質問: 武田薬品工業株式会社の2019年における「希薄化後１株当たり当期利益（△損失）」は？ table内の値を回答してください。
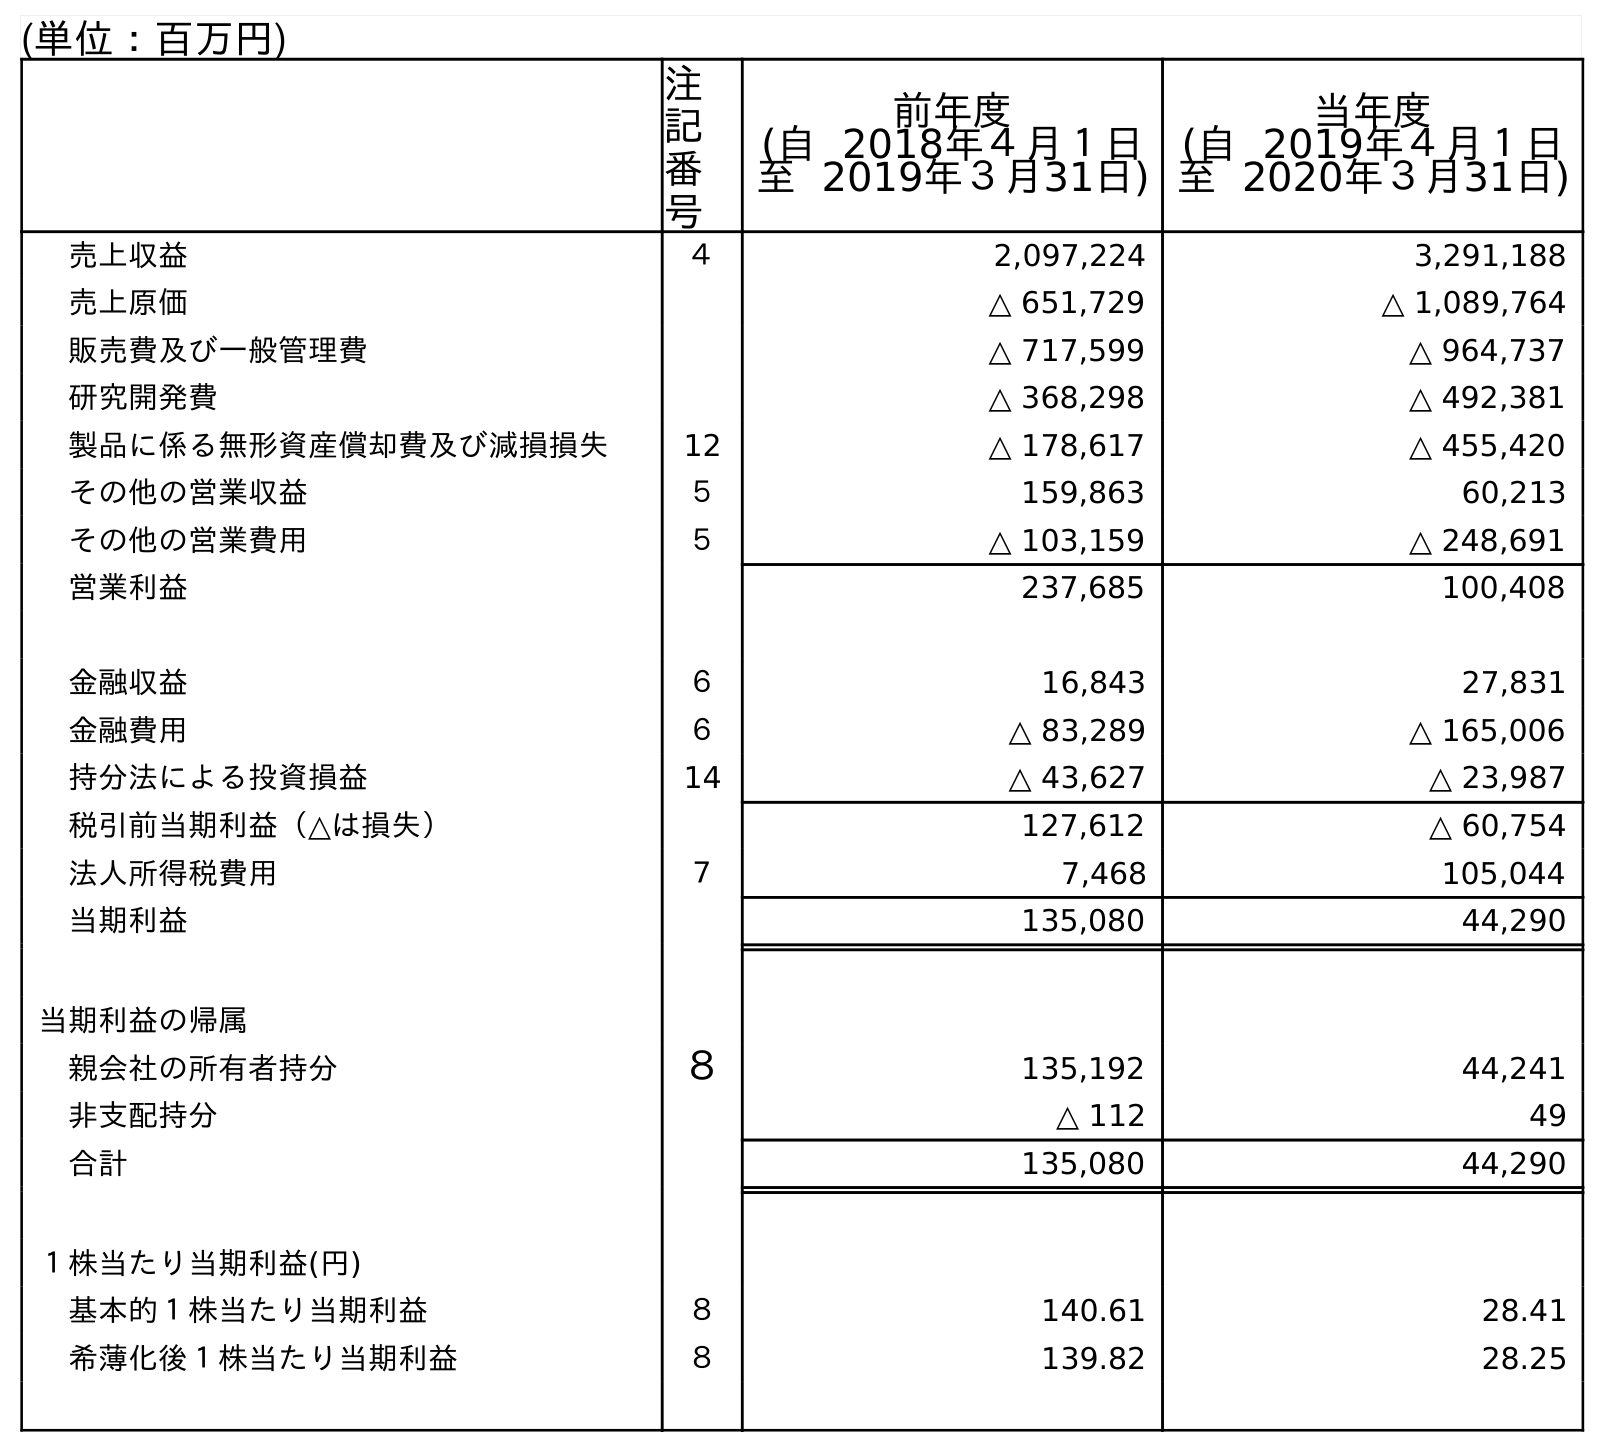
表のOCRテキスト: (単位：百万円) 注 記 番 号 前年度 (自 2018年４月１日 至 2019年３月31日) 当年度 (自 2019年４月１日 至 2020年３月31日) 売上収益 ４ 2,097,224 3,291,188 売上原価 △ 651,729 △ 1,089,764 販売費及び一般管理費 △ 717,599 △ 964,737 研究開発費 △ 368,298 △ 492,381 製品に係る無形資産償却費及び減損損失 12 △ 178,617 △ 455,420 その他の営業収益 ５ 159,863 60,213 その他の営業費用 ５ △ 103,159 △ 248,691 営業利益 237,685 100,408 金融収益 ６ 16,843 27,831 金融費用 ６ △ 83,289 △ 165,006 持分法による投資損益 14 △ 43,627 △ 23,987 税引前当期利益（△は損失） 127,612 △ 60,754 法人所得税費用 ７ 7,468 105,044 当期利益 135,080 44,290 当期利益の帰属 親会社の所有者持分 ８ 135,192 44,241 非支配持分 △ 112 49 合計 135,080 44,290 １株当たり当期利益(円) 基本的１株当たり当期利益 ８ 140.61 28.41 希薄化後１株当たり当期利益 ８ 139.82 28.25
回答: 139.82